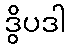
ဒွိပဒါ